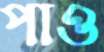
পাও